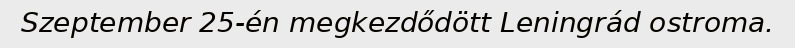
Szeptember 25-én megkezdődött Leningrád ostroma.